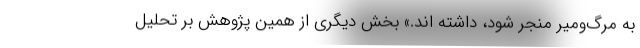
به مرگ‌ومیر منجر شود، داشته اند.» بخش دیگری از همین پژوهش بر تحلیل